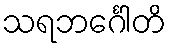
သရဘင်္ဂေါတိ